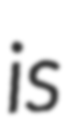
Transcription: is